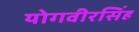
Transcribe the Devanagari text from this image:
योगवीरसिंह